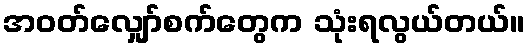
အဝတ်လျှော်စက်တွေက သုံးရလွယ်တယ်။